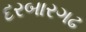
દરબારગઢ